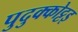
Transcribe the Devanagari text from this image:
पुदुक्कोट्टइ